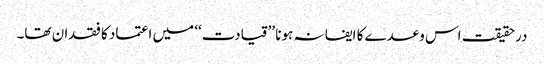
درحقیقت اس وعدے کا ایفا نہ ہونا ’’قیادت‘‘ میں اعتماد کا فقدان تھا۔